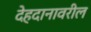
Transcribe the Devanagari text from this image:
देहदानावरील